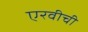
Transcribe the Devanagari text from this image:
एरवीची